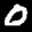
Label: 0